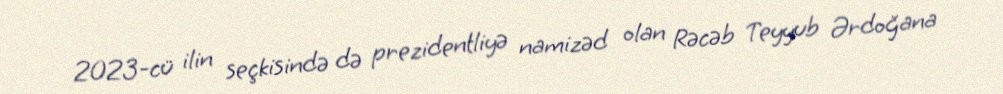
2023-cü ilin seçkisində də prezidentliyə namizəd olan Rəcəb Teyyub Ərdoğana